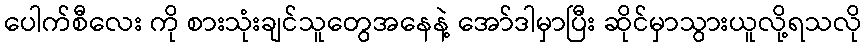
ပေါက်စီလေး ကို စားသုံးချင်သူတွေအနေနဲ့ အော်ဒါမှာပြီး ဆိုင်မှာသွားယူလို့ရသလို